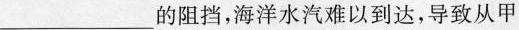
____的阻挡，海洋水汽难以到达，导致从甲